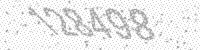
Solution: 128498